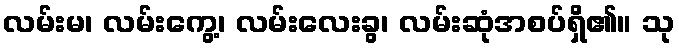
လမ်းမ၊ လမ်းကွေ့၊ လမ်းလေးခွ၊ လမ်းဆုံအစပ်ရှိ၏။ သု